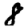
Digit: 8